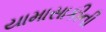
યામાસાકીની